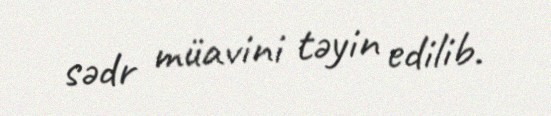
sədr müavini təyin edilib.